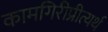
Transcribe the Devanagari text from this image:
कामगिरीप्रीत्यर्थ